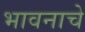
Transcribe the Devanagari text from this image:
भावनाचे